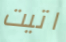
اتيت